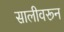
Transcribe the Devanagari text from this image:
सालीवरून